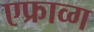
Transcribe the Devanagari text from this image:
एफ्राव्ग